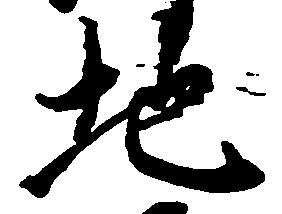
地